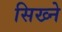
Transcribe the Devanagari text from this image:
सिख्ने